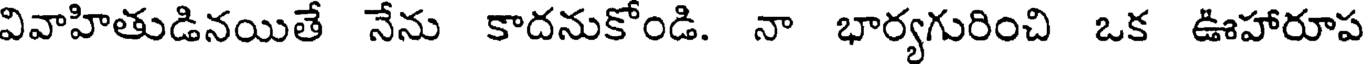
వివాహితుడినయితే నేను కాదనుకోండి. నా భార్యగురించి ఒక ఊహారూప